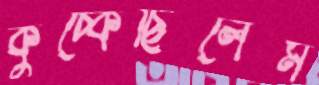
কুঁচ্‌কেছিলেম